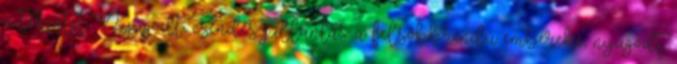
a tekintet. Nyugodt, csendes pillantás a felsőbbrendű embereké, nyugodt